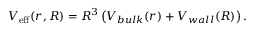
V _ { \mathrm { e f f } } ( r , R ) = R ^ { 3 } \left( V _ { b u l k } ( r ) + V _ { w a l l } ( R ) \right) .